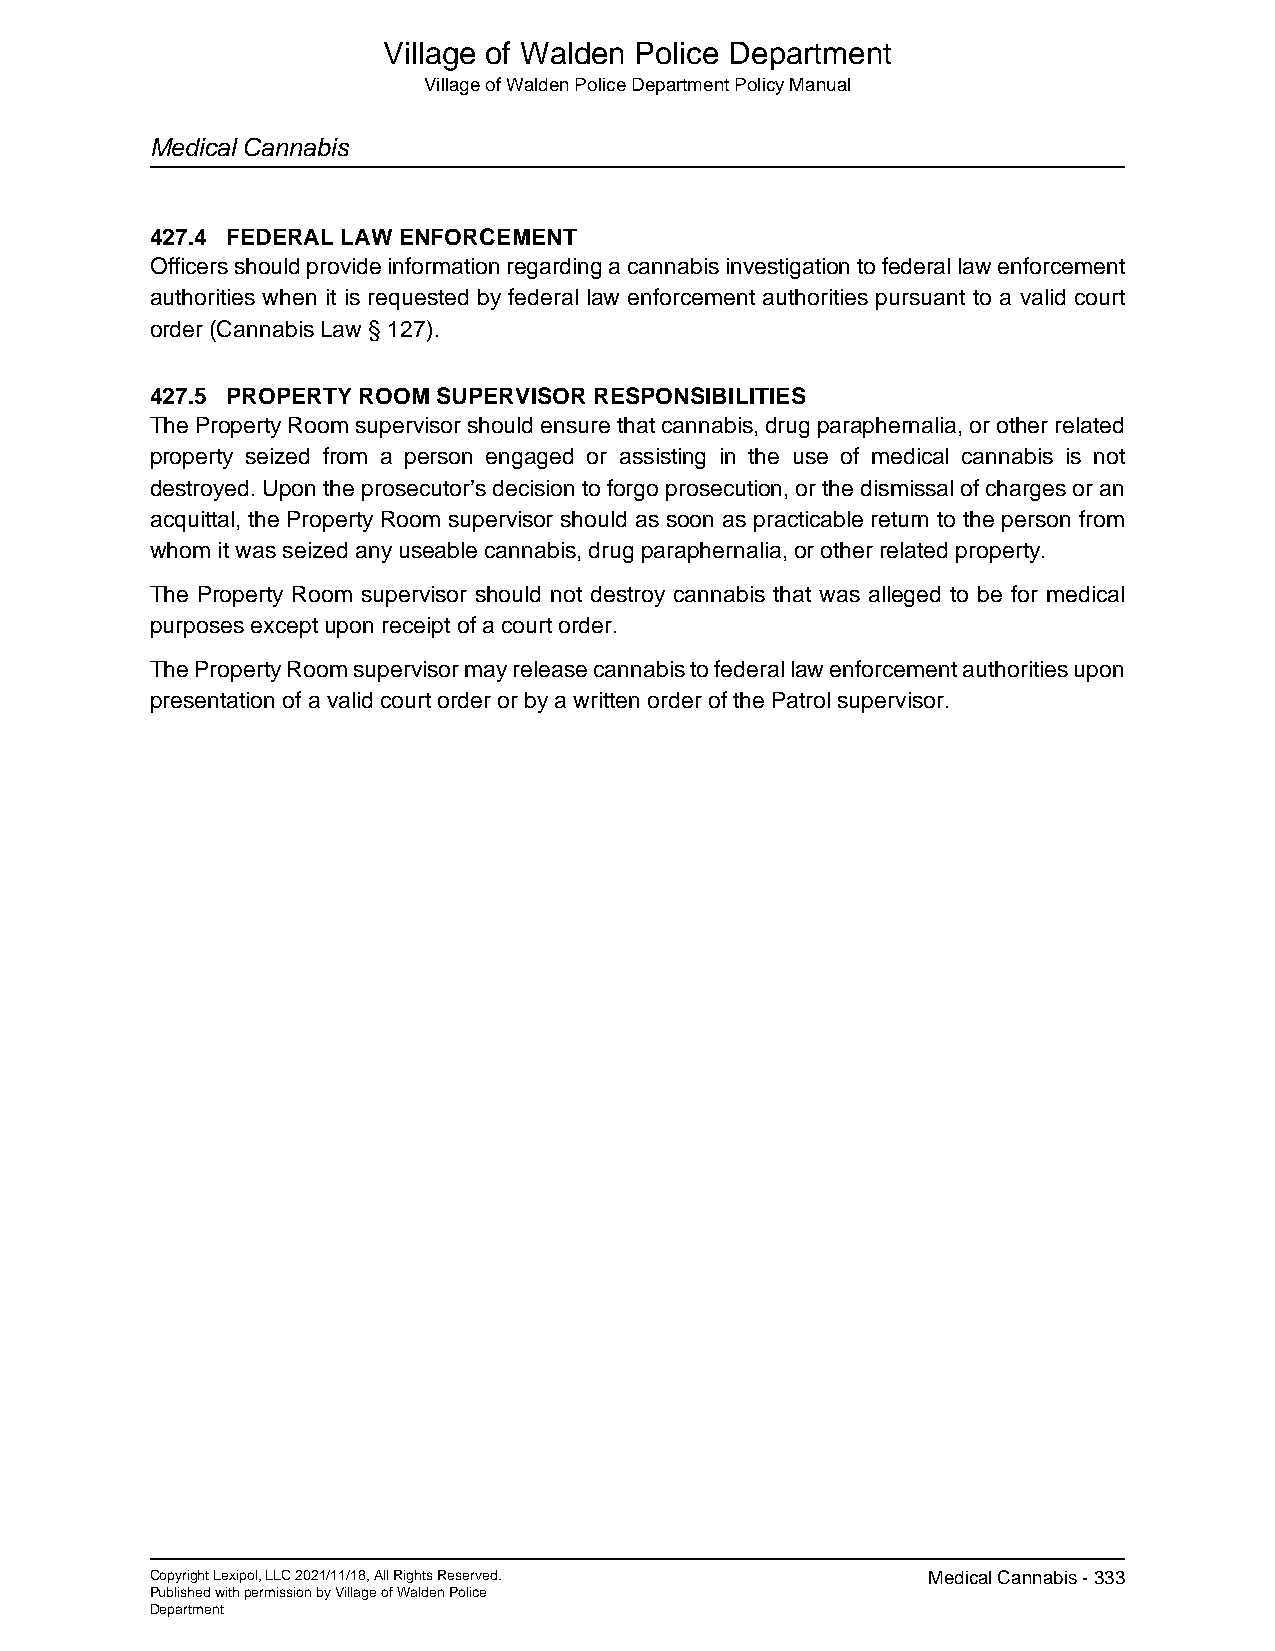
Village of Walden Police Department
 Village of Walden Police Department Policy Manual
 Medical Cannabis
 427.4 FEDERAL LAW ENFORCEMENT
 Officers should provide information regarding a cannabis investigation to federal law enforcement
 authorities when it is requested by federal law enforcement authorities pursuant to a valid court
 order (Cannabis Law § 127).
 427.5 PROPERTY ROOM SUPERVISOR RESPONSIBILITIES
 The Property Room supervisor should ensure that cannabis, drug paraphernalia, or other related
 property seized from a person engaged or assisting in the use of medical cannabis is not
 destroyed. Upon the prosecutor’s decision to forgo prosecution, or the dismissal of charges or an
 acquittal, the Property Room supervisor should as soon as practicable return to the person from
 whom it was seized any useable cannabis, drug paraphernalia, or other related property.
 The Property Room supervisor should not destroy cannabis that was alleged to be for medical
 purposes except upon receipt of a court order.
 The Property Room supervisor may release cannabis to federal law enforcement authorities upon
 presentation of a valid court order or by a written order of the Patrol supervisor.
 Copyright Lexipol, LLC 2021/11/18, All Rights Reserved. Medical Cannabis - 333
 Published with permission by Village of Walden Police
 Department